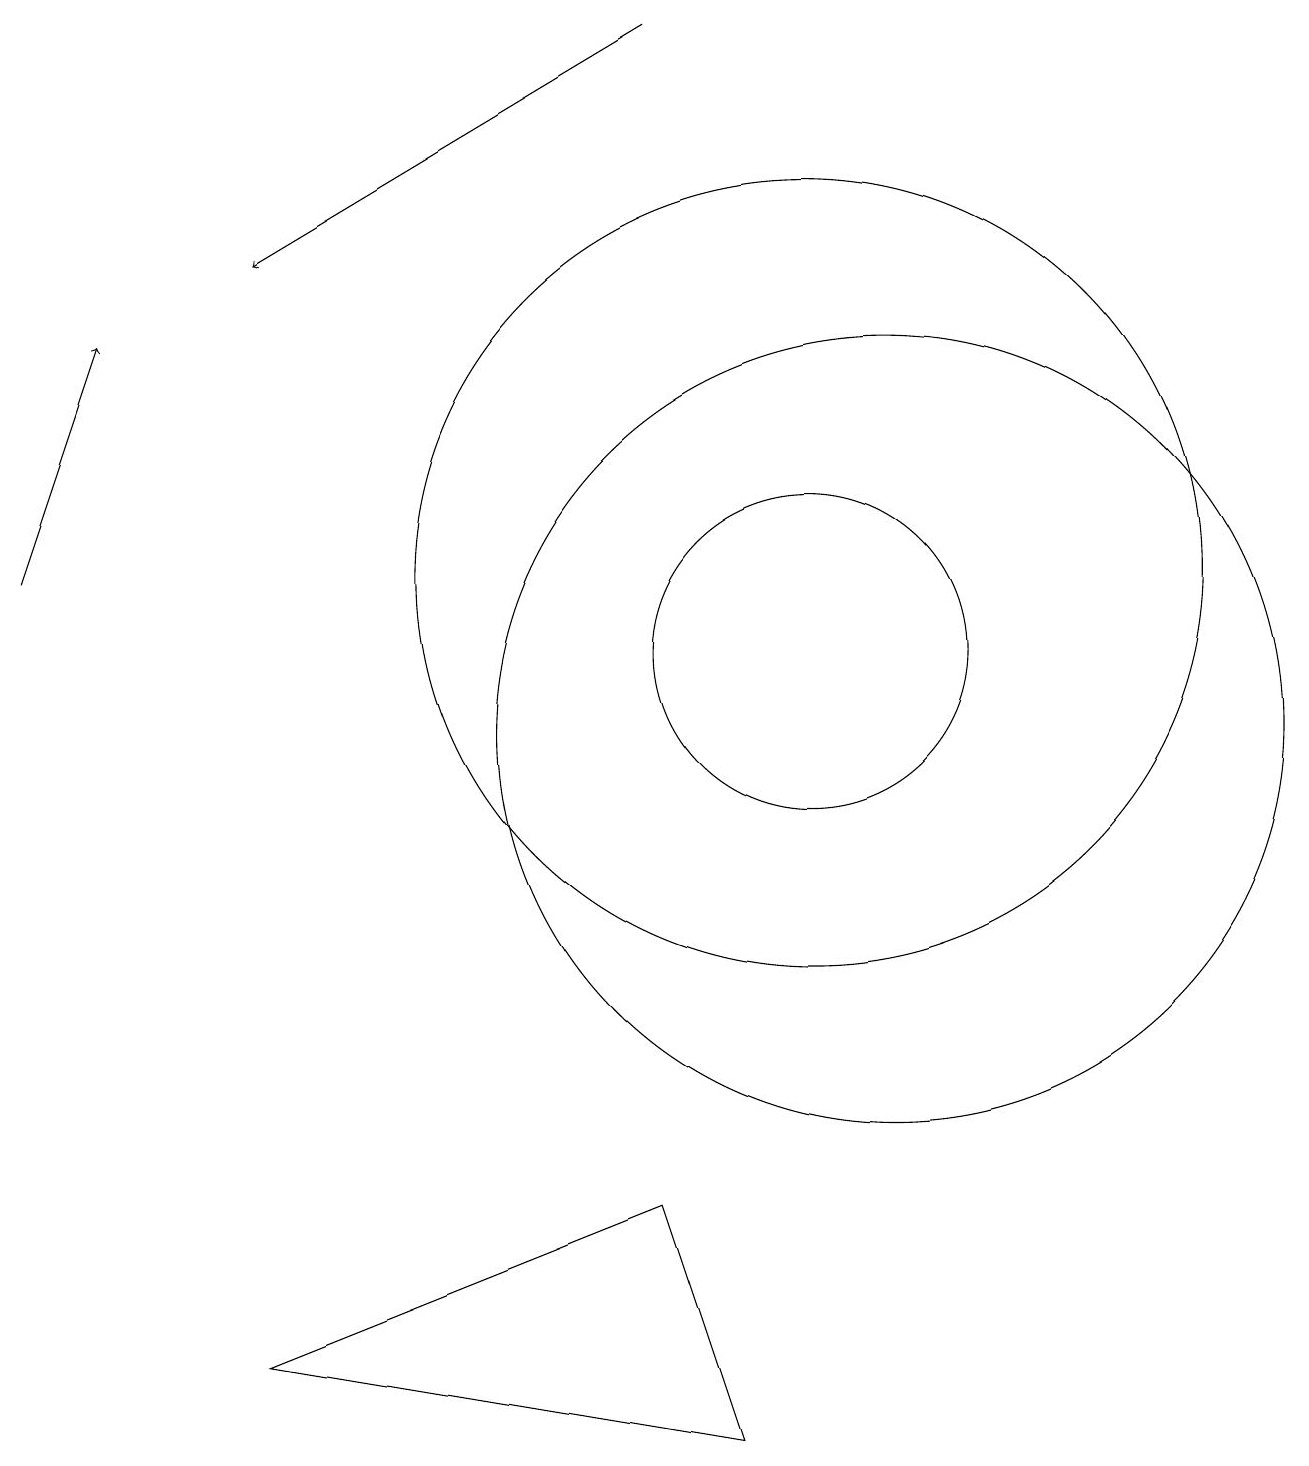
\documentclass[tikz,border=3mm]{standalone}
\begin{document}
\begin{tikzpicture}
\draw[->] (0,12) -- (1,15);
\draw (10,11) circle (2);
\draw (11,10) circle (5);
\draw (10,12) circle (5);
\draw[->] (8,19) -- (3,16);
\draw (8,4) -- (9,1) -- (3,2) -- cycle;
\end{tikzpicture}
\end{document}